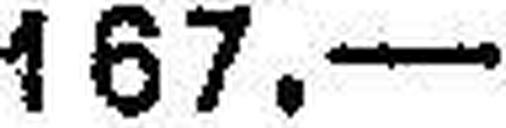
167.—